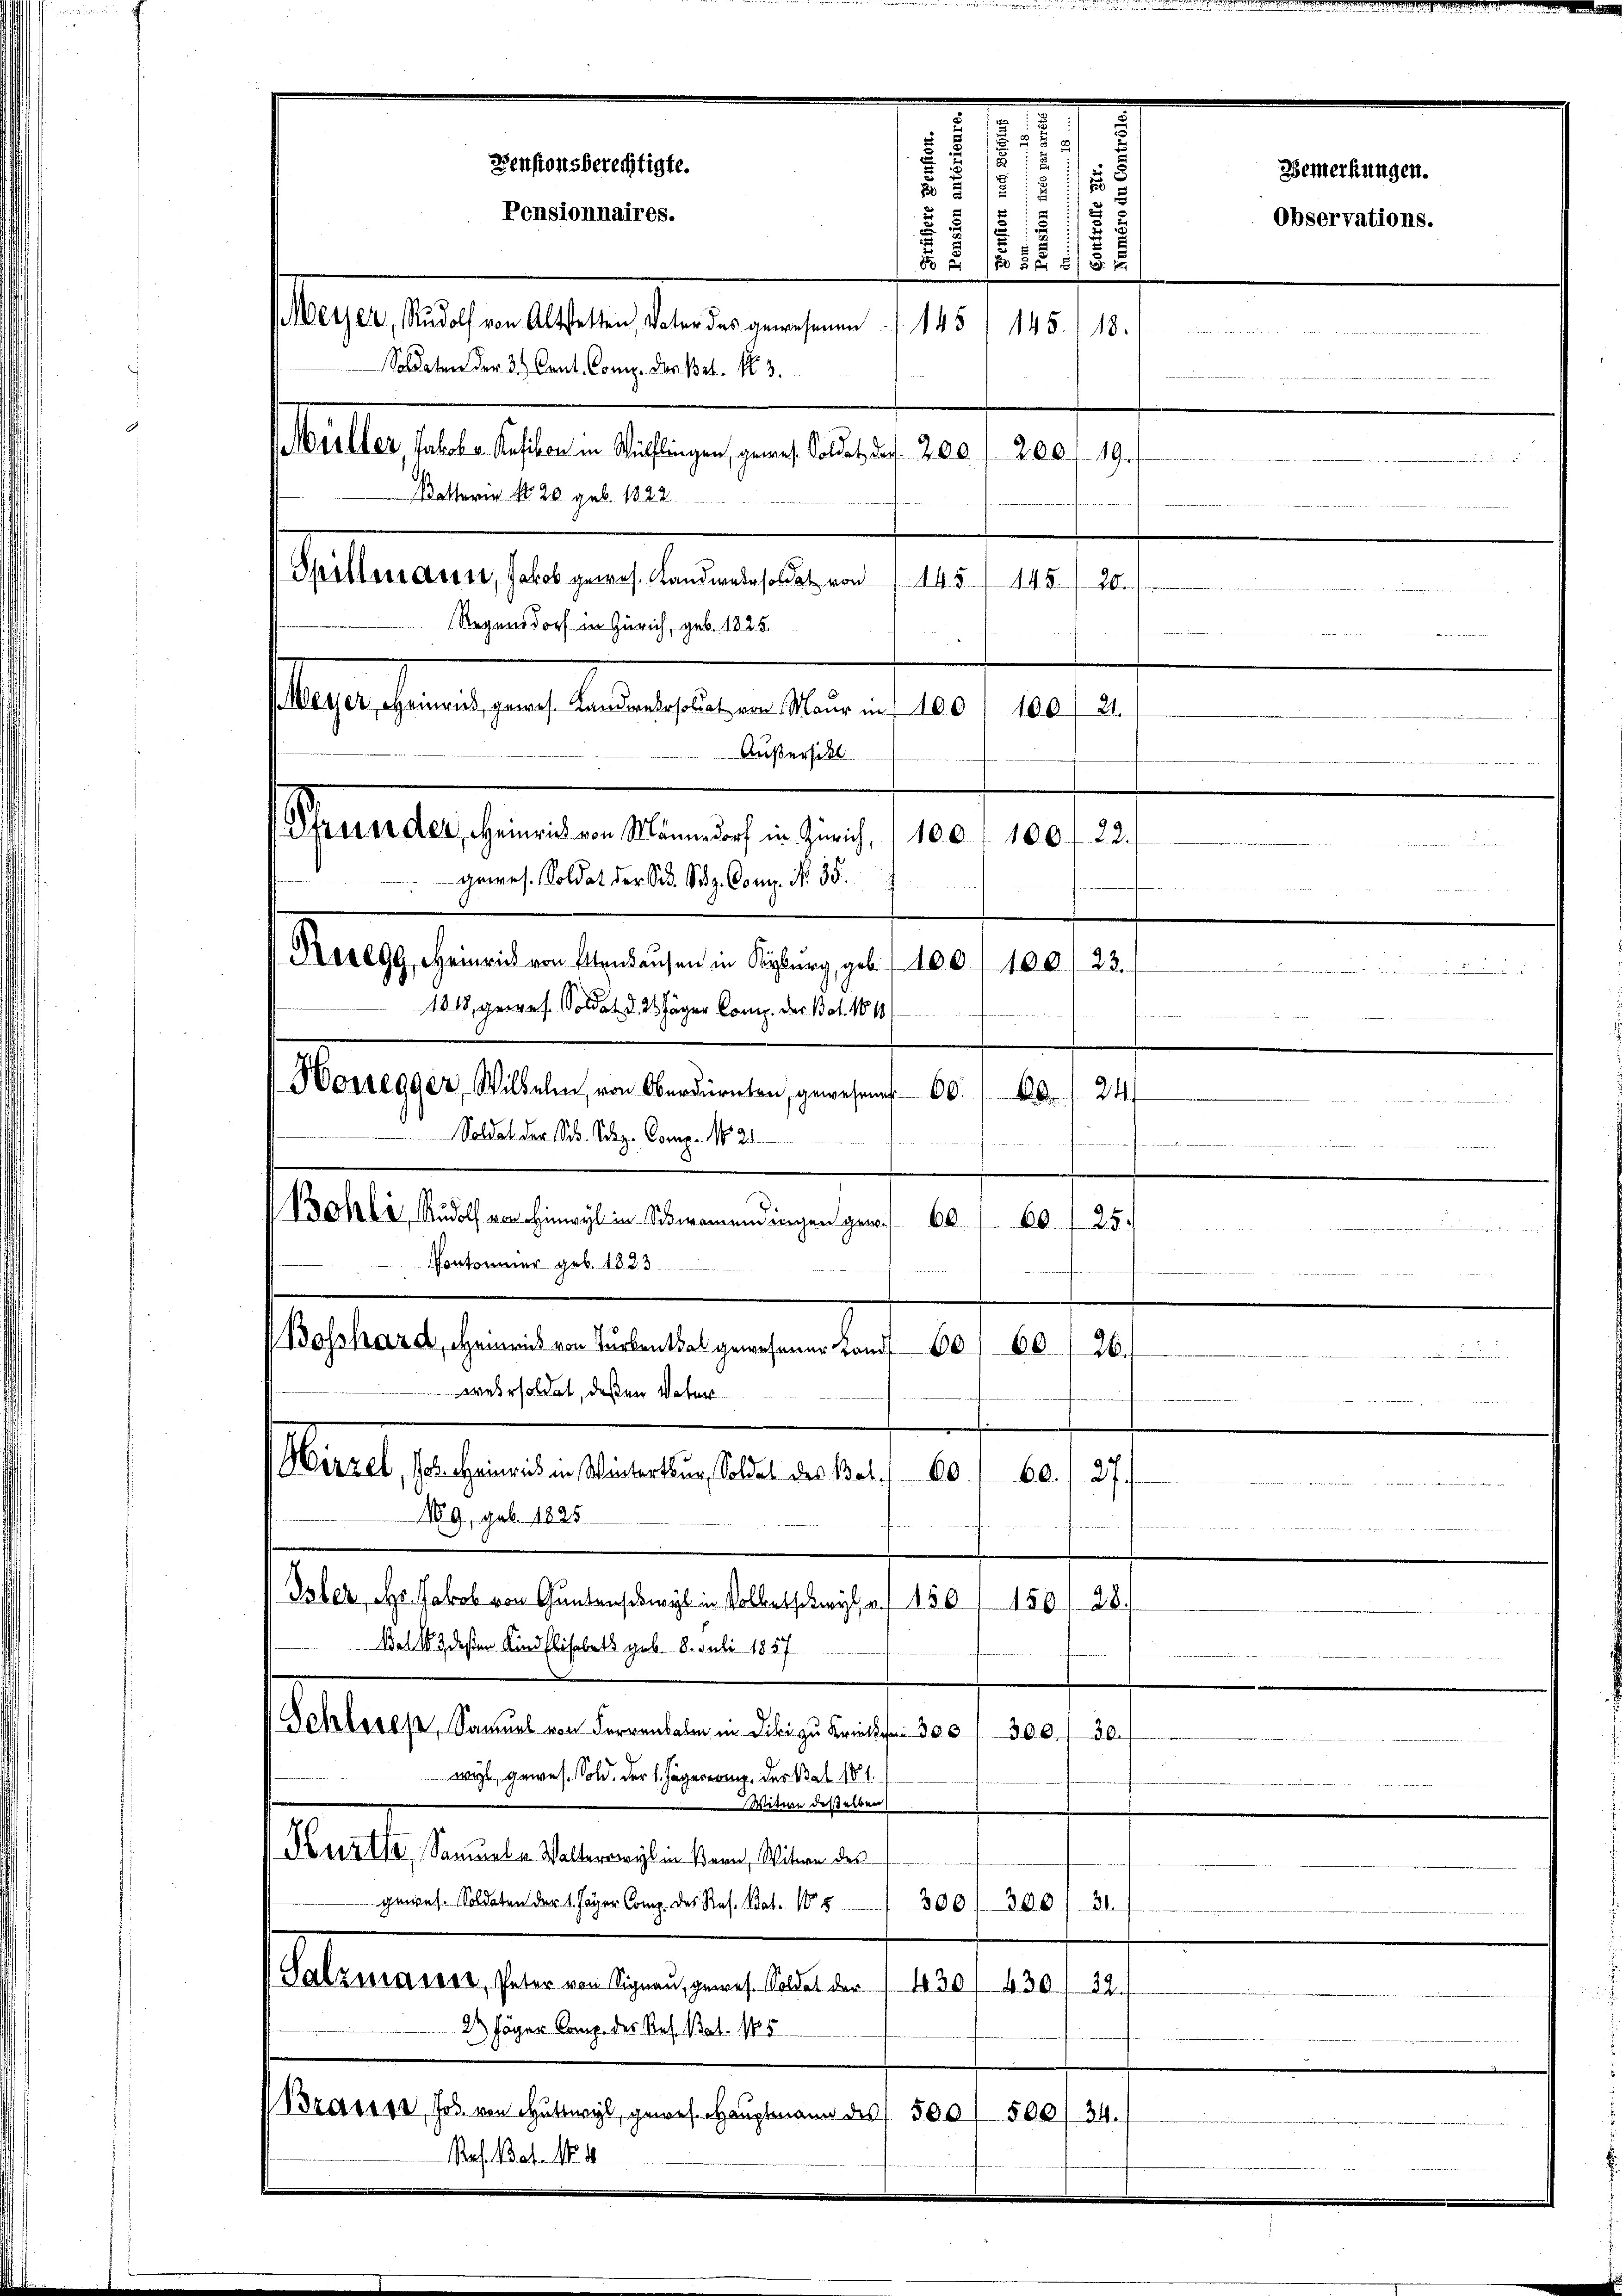
6

Spillenauer, Jakob gewes. Landwede soldat von
445.
448.
26.
Regensdorf in Zürich, geb. 1825.
Meyer, Heinand, genes Landressorat, von Maur ins 100 f 100
Außersitt
Kosegg, Heinrich von Ettenhausen in Kyburg, geb. 1100. 100./23.
1018, gewes. Soldat d. 24 Jäger Comp. der Bat. 18101
Honegger, Wilhelm von Oberdürnten, gewesener 60.
f
Soldat der Sch. Schg. Comp. No 21.
 Bohli, Rudolf von Hinwyl in Schwamendingen gewis 60 f. 60. 25.
Pontonier geb. 1833.
Bosshard, Heinrich von Turbenthal gewesener Lands
60. 26.
wehrsoldet, deßen Vater
Hirzel, Joh. Heinrich in Winterthur, Soldet des Bal¬
80.
60. f. 27.

N9, geb. 1825.
Oster, Hr. Jakob von Guntensiswyl in Volketswyl u. 150/ 150. 28.
Bat 1863 deßen Kind Elisabets geb. 8. Juli 1857
Schloses, Samuel von Ferren in die zu Krite 300 - 300.
30.
wyl, gewes. Sold. Der 1. Jägerering. Der Bat 181.
i Witwe desselben
V Kurthe Samuel v. Walterswyl in Bern, Witwe des
gewes. Soldaten der 1. Jäger Comp. des Res. Bat. 185
21.
300) 300
Salzmaiest, Peter von Signau, gewes. Soldat der 430/ 430/ 39.
2 Jäger Comp. des Res. Bat. 185
Brasir, Jos. von Huttwyl, gewes. Hauptmann des 500/ 500 f. 34.
Mah. Bat. No. 1

Pfresse der, Heinrich von Männedorf in Zürich, 1100. 100 f 22.
gewes. Soldat der S. Satz. Comp. Nr. 35.

.

s
22
Pensionsberechtigte.
2 § 1812 1/
Pensionnaires.
s
5
.
.
d. . . . 188
beses Eisenates er anderen sein
145) 145. 118.
r
Soldaten der 3. Cent. Comp. der Bat. No 3.
Müller, Jakob v. Kusiben in Wülflingen, gewes. Soldet, das 200. 200, 19.
Katterin No 20 geb. 1822.

2.

Observations.

Bemerkungen.